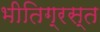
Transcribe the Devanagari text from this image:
भीतिग्रस्त